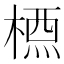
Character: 𣗇